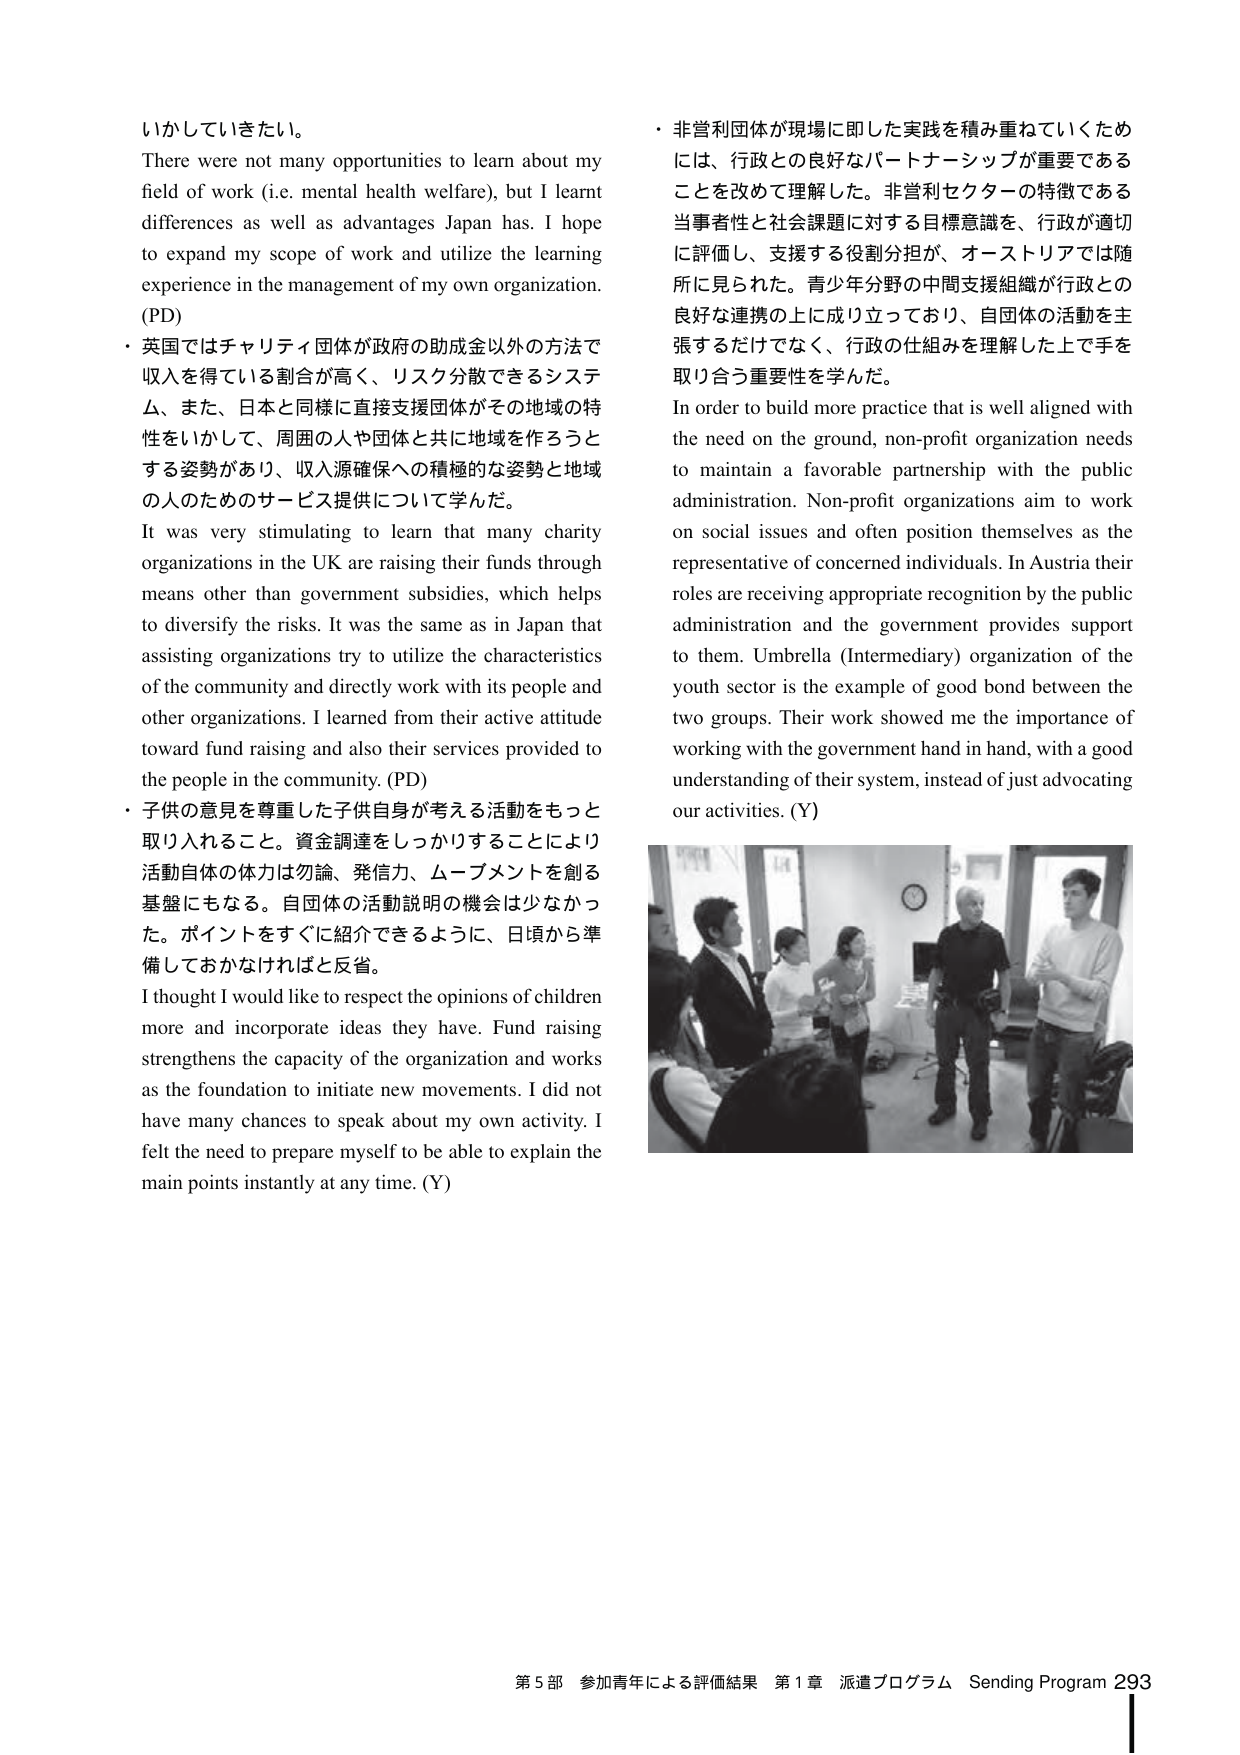
いかしていきたい。
There were not many opportunities to learn about my field of work (i.e. mental health welfare), but I learnt differences as well as advantages Japan has. I hope to expand my scope of work and utilize the learning experience in the management of my own organization. (PD)
・英国ではチャリティ団体が政府の助成金以外の方法で収入を得ている割合が高く、リスク分散できるシステム、また、日本と同様に直接支援団体がその地域の特性をいかして、周囲の人や団体と共に地域を作ろうとする姿勢があり、収入源確保への積極的な姿勢と地域の人のためのサービス提供について学んだ。
It was very stimulating to learn that many charity organizations in the UK are raising their funds through means other than government subsidies, which helps to diversify the risks. It was the same as in Japan that assisting organizations try to utilize the characteristics of the community and directly work with its people and other organizations. I learned from their active attitude toward fund raising and also their services provided to the people in the community. (PD)
・子供の意見を尊重した子供自身が考える活動をもっと取り入れること。資金調達をしっかりすることにより活動自体の体力は勿論、発信力、ムーブメントを創る基盤にもなる。自団体の活動説明の機会は少なかった。ポイントをすぐに紹介できるように、日頃から準備しておかなければと反省。
I thought I would like to respect the opinions of children more and incorporate ideas they have. Fund raising strengthens the capacity of the organization and works as the foundation to initiate new movements. I did not have many chances to speak about my own activity. I felt the need to prepare myself to be able to explain the main points instantly at any time. (Y)
・非営利団体が現場に即した実践を積み重ねていくためには、行政との良好なパートナーシップが重要であることを改めて理解した。非営利セクターの特徴である当事者性と社会課題に対する目標意識を、行政が適切に評価し、支援する役割分担が、オーストリアでは随所に見られた。青少年分野の中間支援組織が行政との良好な連携の上に成り立っており、自団体の活動を主張するだけでなく、行政の仕組みを理解した上で手を取り合う重要性を学んだ。
In order to build more practice that is well aligned with the need on the ground, non-profit organization needs to maintain a favorable partnership with the public administration. Non-profit organizations aim to work on social issues and often position themselves as the representative of concerned individuals. In Austria their roles are receiving appropriate recognition by the public administration and the government provides support to them. Umbrella (Intermediary) organization of the youth sector is the example of good bond between the two groups. Their work showed me the importance of working with the government hand in hand, with a good understanding of their system, instead of just advocating our activities. (Y)
第5部 参加青年による評価結果 第1章 派遣プログラム Sending Program 293